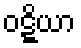
ဝဋ္ဋိယာ